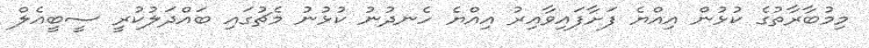
މިމުބާރާތުގެ ކުޅުން އިއްޔެ ފަށާފައިވާއިރު އިއްޔެ ހެނދުނު ކުޅުނު މެޗުގައި ބައްދަލުކުރީ ސީބީއެލް